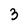
Character: 3